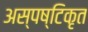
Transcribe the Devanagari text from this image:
अस्पष्टिकृत